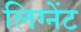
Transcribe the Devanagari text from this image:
लिग्नेंट